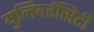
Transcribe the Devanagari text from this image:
युनिवर्रसिटी